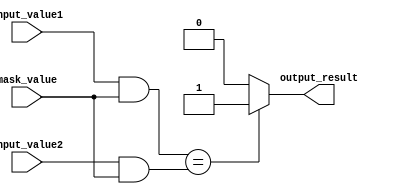
module masked_comparator (
    input [7:0] input_value1,
    input [7:0] input_value2,
    input [7:0] mask_value,
    output reg output_result
);

always @(*) begin
    if ((input_value1 & mask_value) == (input_value2 & mask_value)) begin
        output_result <= 1'b1;
    end else begin
        output_result <= 1'b0;
    end
end

endmodule